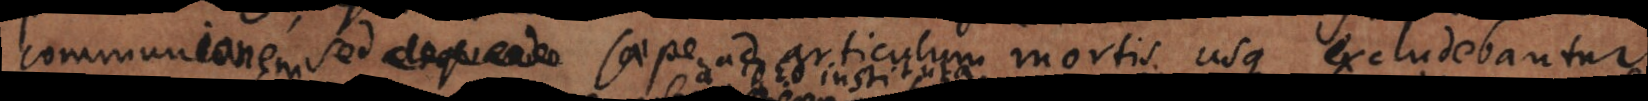
communionem, sed aliquando saepe ad articulum mortis usque exclude